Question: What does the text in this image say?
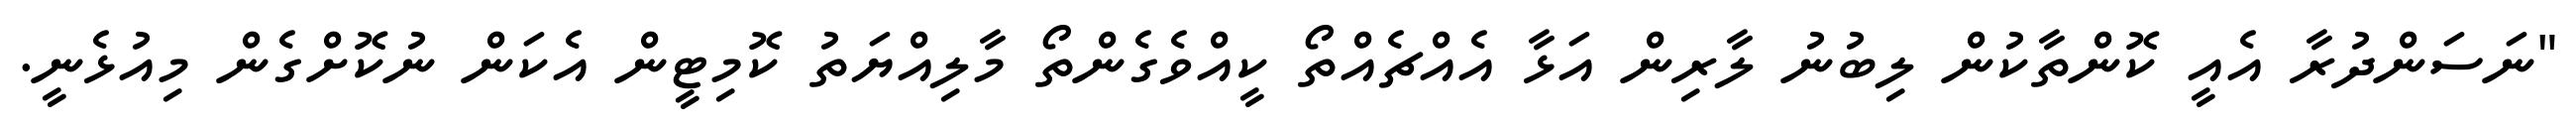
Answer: "ނަސަންދުރާ އެއީ ކޮންތާކުން ލިބުނު ލާރިން އަޅާ އެއްޗެއްތޯ ކީއްވެގެންތޯ މާލިއްޔަތު ކޮމިޓީން އެކަން ނުކޮށްގެން މިއުޅެނީ.